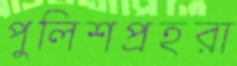
পুলিশপ্রহরা